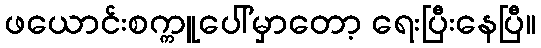
ဖယောင်းစက္ကူပေါ်မှာတော့ ရေးပြီးနေပြီ။